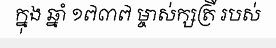
ក្នុង ឆ្នាំ ១៧៣៧ ម្ចាស់ក្សត្រី របស់